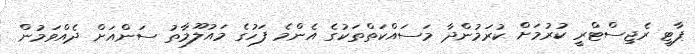
ޕާޓީ ރެޖިސްޓްރީ ކުރުމަށް ކުރަމުންދާ މަސައްކަތްތަކުގެ އެންމެ ފަހުގެ މައުލޫމާތު ސަންއަށް ދެއްވަމުން